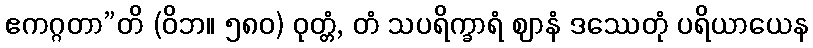
ဧကဂ္ဂတာ”တိ (ဝိဘ။ ၅၈၀) ဝုတ္တံ, တံ သပရိက္ခာရံ ဈာနံ ဒဿေတုံ ပရိယာယေန